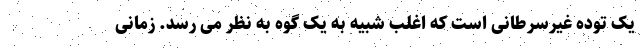
یک توده غیرسرطانی است که اغلب شبیه به یک گوه به نظر می رسد. زمانی